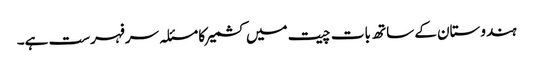
ہندوستان کے ساتھ بات چیت میں کشمیر کا مسئلہ سرفہرست ہے۔